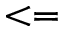
< =